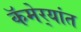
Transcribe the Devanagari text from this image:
कॅमेर्‍यांत